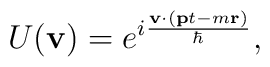
U({\bf v})=e^{i\frac{{\bf v}\cdot ({\bf p}t-m{\bf r})}{\hbar}},